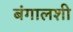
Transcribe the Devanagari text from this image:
बंगालशी